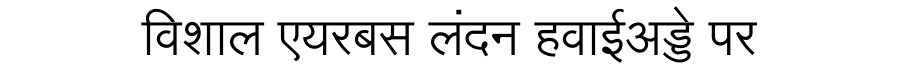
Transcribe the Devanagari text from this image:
विशाल एयरबस लंदन हवाईअड्डे पर